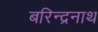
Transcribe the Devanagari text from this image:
बरिन्द्रनाथ